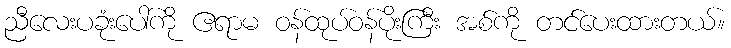
ညီလေးပခုံးပေါ်ကို ဧရာမ ဝန်ထုပ်ဝန်ပိုးကြီး အစ်ကို တင်ပေးထားတယ်။